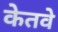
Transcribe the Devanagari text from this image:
केतवे